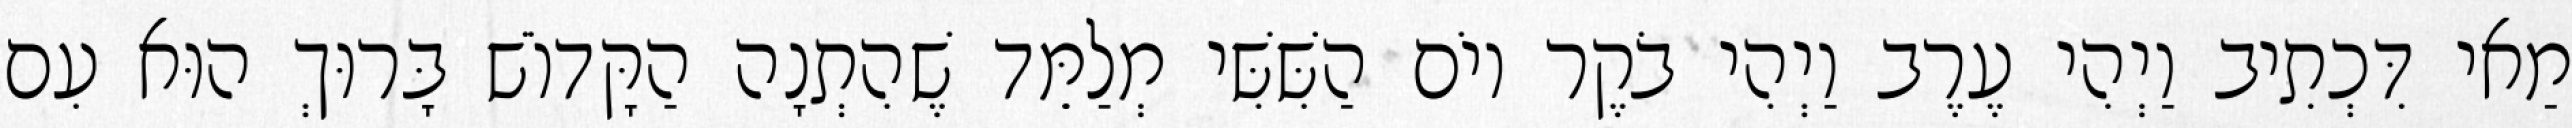
מַאי דִּכְתִיב וַיְהִי עֶרֶב וַיְהִי בֹקֶר יוֹם הַשִּׁשִּׁי מְלַמֵּד שֶׁהִתְנָה הַקָּדוֹשׁ בָּרוּךְ הוּא עִם